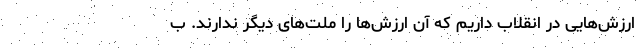
ارزش‌هایی در انقلاب داریم که آن ارزش‌ها را ملت‌های دیگر ندارند. ب